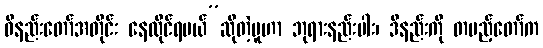
ဝိနည်းတော်အတိုင်း နေထိုင်ရမယ်”ဆိုတဲ့မူဟာ ဘုရားနည်းပါး၊ ဒီနည်းကို တပည့်တော်က